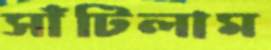
সাঁটিলাম